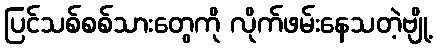
ပြင်သစ်စစ်သားတွေကို လိုက်ဖမ်းနေသတဲ့ဗျို့